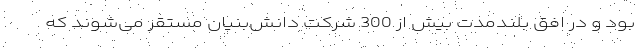
بود و در افق بلندمدت بیش از 300 شرکت دانش‌بنیان مستقر می‌شوند که